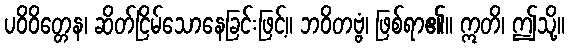
ပဝိဝိတ္တေန၊ ဆိတ်ငြိမ်သောနေခြင်းဖြင့်။ ဘဝိတဗ္ဗံ၊ ဖြစ်ရာ၏။ ဣတိ၊ ဤသို့။